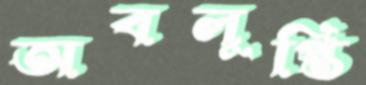
অবলুপ্তি